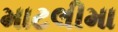
માટલીમા